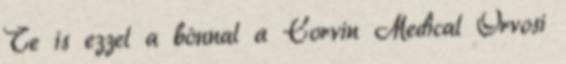
Te is ezzel a bónnal a Corvin Medical Orvosi